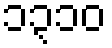
၁၃၁၀